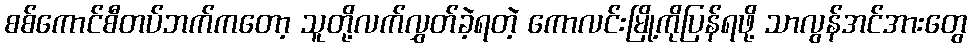
စစ်ကောင်စီတပ်ဘက်ကတော့ သူတို့လက်လွှတ်ခဲ့ရတဲ့ ကောလင်းမြို့ကိုပြန်ရဖို့ သာလွန်အင်အားတွေ